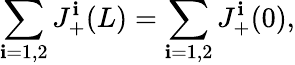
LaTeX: \sum_{\mathbf{i}=1,2}J_{+}^{\mathbf{i}}(L)=\sum_{\mathbf{i}=1,2}J_{+}^{\mathbf{i}}(0),